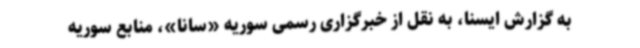
به گزارش ایسنا، به نقل از خبرگزاری رسمی سوریه «سانا»، منابع سوریه